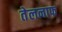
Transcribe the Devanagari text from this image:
तेलनाफ